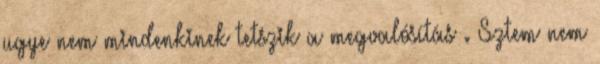
ugye nem mindenkinek tetszik a megvalósítás . Sztem nem